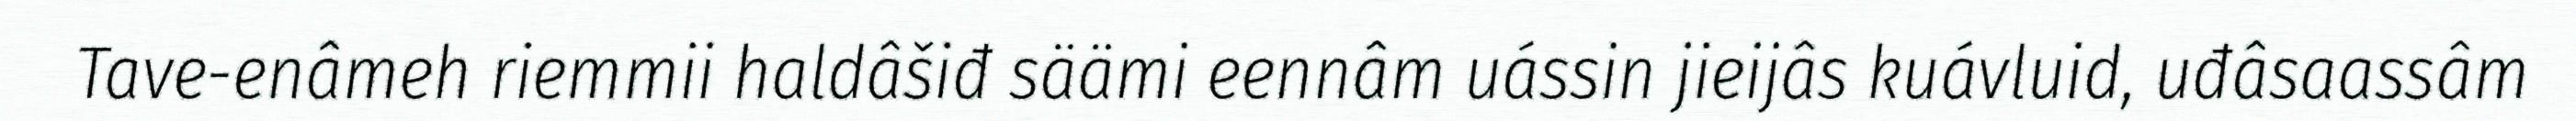
Tave-enâmeh riemmii haldâšiđ säämi eennâm uássin jieijâs kuávluid, uđâsaassâm